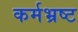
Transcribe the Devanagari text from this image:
कर्मभ्रष्ट